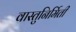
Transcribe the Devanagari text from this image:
वास्तुनिर्मिती